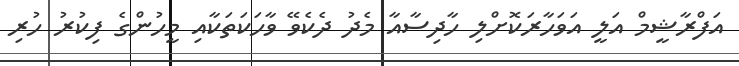
އަފްރާޝީމް އަލީ އަވަހާރަކޮށްލި ހާދިސާއާ މެދު ދެކެވޭ ވާހަކަތަކާއި މީހުންގެ ފިކުރު ހުރި